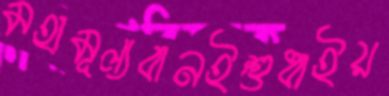
মহামূল্যবানইশুধাইয়